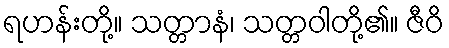
ရဟန်းတို့။ သတ္တာနံ၊ သတ္တဝါတို့၏။ ဇီဝိ